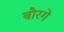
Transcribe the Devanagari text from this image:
बौरगे